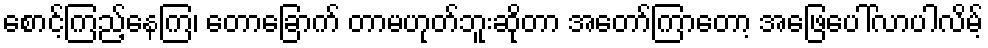
စောင့်ကြည့်နေကြ၊ တောခြောက် တာမဟုတ်ဘူးဆိုတာ အတော်ကြာတော့ အဖြေပေါ်လာပါလိမ့်